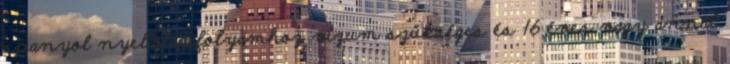
spanyol nyelvtanfolyamhoz vízum szükséges és 16 éves vagy annál